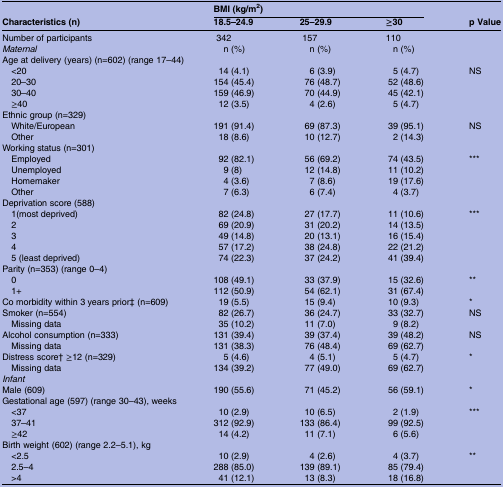
<table><thead><tr><td rowspan="2"><b>Characteristics (n)</b></td><td colspan="3"><b>BMI (kg/m<sup>2</sup>)</b></td><td rowspan="2"><b>p Value</b></td></tr><tr><td><b>18.5–24.9</b></td><td><b>25–29.9</b></td><td><b>≥30</b></td></tr></thead><tbody><tr><td>Number of participants</td><td>342</td><td>157</td><td>110</td><td></td></tr><tr><td><i>Maternal</i></td><td>n (%)</td><td>n (%)</td><td>n (%)</td><td></td></tr><tr><td colspan="5">Age at delivery (years) (n=602) (range 17–44)</td></tr><tr><td> &lt;20</td><td>14 (4.1)</td><td>6 (3.9)</td><td>5 (4.7)</td><td>NS</td></tr><tr><td> 20–30</td><td>154 (45.4)</td><td>76 (48.7)</td><td>52 (48.6)</td><td></td></tr><tr><td> 30–40</td><td>159 (46.9)</td><td>70 (44.9)</td><td>45 (42.1)</td><td></td></tr><tr><td> ≥40</td><td>12 (3.5)</td><td>4 (2.6)</td><td>5 (4.7)</td><td></td></tr><tr><td colspan="5">Ethnic group (n=329)</td></tr><tr><td> White/European</td><td>191 (91.4)</td><td>69 (87.3)</td><td>39 (95.1)</td><td>NS</td></tr><tr><td> Other</td><td>18 (8.6)</td><td>10 (12.7)</td><td>2 (14.3)</td><td></td></tr><tr><td colspan="5">Working status (n=301)</td></tr><tr><td> Employed</td><td>92 (82.1)</td><td>56 (69.2)</td><td>74 (43.5)</td><td>***</td></tr><tr><td> Unemployed</td><td>9 (8)</td><td>12 (14.8)</td><td>11 (10.2)</td><td></td></tr><tr><td> Homemaker</td><td>4 (3.6)</td><td>7 (8.6)</td><td>19 (17.6)</td><td></td></tr><tr><td> Other</td><td>7 (6.3)</td><td>6 (7.4)</td><td>4 (3.7)</td><td></td></tr><tr><td colspan="5">Deprivation score (588)</td></tr><tr><td> 1(most deprived)</td><td>82 (24.8)</td><td>27 (17.7)</td><td>11 (10.6)</td><td>***</td></tr><tr><td> 2</td><td>69 (20.9)</td><td>31 (20.2)</td><td>14 (13.5)</td><td></td></tr><tr><td> 3</td><td>49 (14.8)</td><td>20 (13.1)</td><td>16 (15.4)</td><td></td></tr><tr><td> 4</td><td>57 (17.2)</td><td>38 (24.8)</td><td>22 (21.2)</td><td></td></tr><tr><td> 5 (least deprived)</td><td>74 (22.3)</td><td>37 (24.2)</td><td>41 (39.4)</td><td></td></tr><tr><td colspan="5">Parity (n=353) (range 0–4)</td></tr><tr><td> 0</td><td>108 (49.1)</td><td>33 (37.9)</td><td>15 (32.6)</td><td>**</td></tr><tr><td> 1+</td><td>112 (50.9)</td><td>54 (62.1)</td><td>31 (67.4)</td><td></td></tr><tr><td>Co morbidity within 3 years prior‡ (n=609)</td><td>19 (5.5)</td><td>15 (9.4)</td><td>10 (9.3)</td><td>*</td></tr><tr><td>Smoker (n=554)</td><td>82 (26.7)</td><td>36 (24.7)</td><td>33 (32.7)</td><td>NS</td></tr><tr><td> Missing data</td><td>35 (10.2)</td><td>11 (7.0)</td><td>9 (8.2)</td><td></td></tr><tr><td>Alcohol consumption (n=333)</td><td>131 (39.4)</td><td>39 (37.4)</td><td>39 (48.2)</td><td>NS</td></tr><tr><td> Missing data</td><td>131 (38.3)</td><td>76 (48.4)</td><td>69 (62.7)</td><td></td></tr><tr><td>Distress score† ≥12 (n=329)</td><td>5 (4.6)</td><td>4 (5.1)</td><td>5 (4.7)</td><td>*</td></tr><tr><td> Missing data</td><td>134 (39.2)</td><td>77 (49.0)</td><td>69 (62.7)</td><td></td></tr><tr><td colspan="5"><i>Infant</i></td></tr><tr><td>Male (609)</td><td>190 (55.6)</td><td>71 (45.2)</td><td>56 (59.1)</td><td>*</td></tr><tr><td colspan="5">Gestational age (597) (range 30–43), weeks</td></tr><tr><td> &lt;37</td><td>10 (2.9)</td><td>10 (6.5)</td><td>2 (1.9)</td><td>***</td></tr><tr><td> 37–41</td><td>312 (92.9)</td><td>133 (86.4)</td><td>99 (92.5)</td><td></td></tr><tr><td> ≥42</td><td>14 (4.2)</td><td>11 (7.1)</td><td>6 (5.6)</td><td></td></tr><tr><td colspan="5">Birth weight (602) (range 2.2–5.1), kg</td></tr><tr><td> &lt;2.5</td><td>10 (2.9)</td><td>4 (2.6)</td><td>4 (3.7)</td><td>**</td></tr><tr><td> 2.5–4</td><td>288 (85.0)</td><td>139 (89.1)</td><td>85 (79.4)</td><td></td></tr><tr><td> &gt;4</td><td>41 (12.1)</td><td>13 (8.3)</td><td>18 (16.8)</td><td></td></tr></tbody></table>